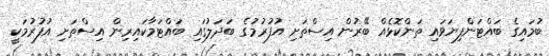
ބުމައިގެ ބައްޓަންފިޔަވައި ތަންކޮޅެއް ބޭރުން އިސްތަށި އުފުރުމުގެ ބަދަލުގައި ބައްޓަމާކައިރިން އިސްތަށި އުފުރުމަކީ